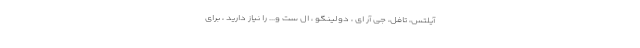
آیلتس، تافل، جی آر ای ، دولینگو ، ال ست و... را نیاز دارید ، برای